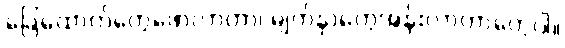
ခြေထောက်တွေဖောလာတာ၊ မျက်နှာတွေအန်းလာတာတွေပါ။